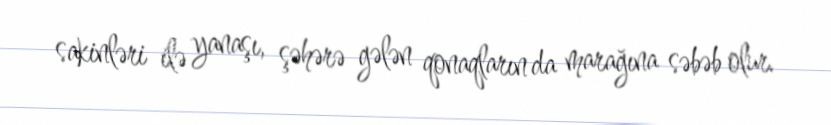
sakinləri ilə yanaşı, şəhərə gələn qonaqların da marağına səbəb olur.